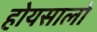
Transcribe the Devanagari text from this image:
होयसालों